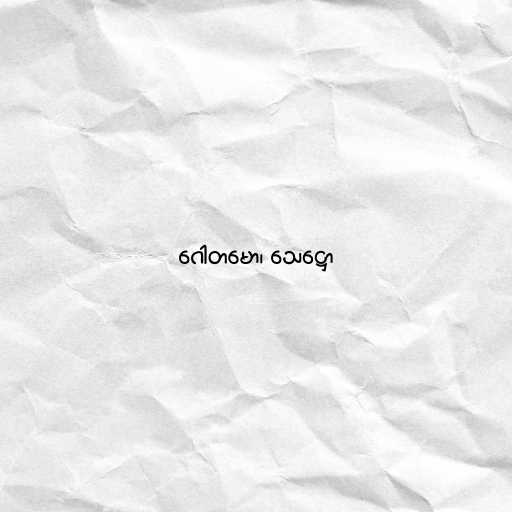
ဂေါတမော၊ သေဋ္ဌော